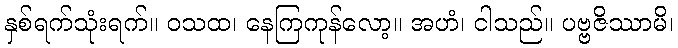
နှစ်ရက်သုံးရက်။ ဝသထ၊ နေကြကုန်လော့။ အဟံ၊ ငါသည်။ ပဗ္ဗဇိဿာမိ၊